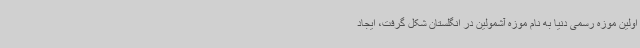
اولین موزه رسمی دنیا به نام موزه آشمولین در انگلستان شکل گرفت، ایجاد